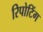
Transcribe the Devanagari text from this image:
रिपोटिंग